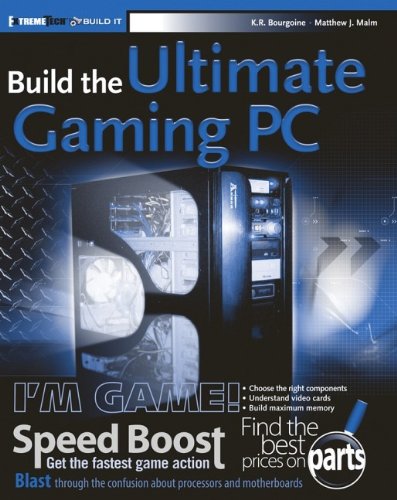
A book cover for Build the Ultimate Gaming Machine (ExtremeTech); K.R. Bourgoine; Computers & Technology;